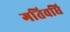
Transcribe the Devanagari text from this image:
गतिवधि